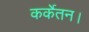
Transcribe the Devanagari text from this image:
कर्केतन।